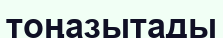
тоңазытады